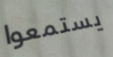
يستمعوا